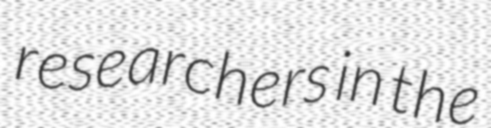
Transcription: researchers in the